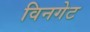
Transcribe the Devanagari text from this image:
विनगेट